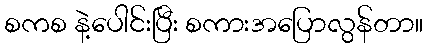
စကစ နဲ့ပေါင်းပြီး စကားအပြောလွန်တာ။